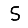
Digit: 5